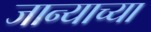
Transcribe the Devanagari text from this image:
जान्याच्या